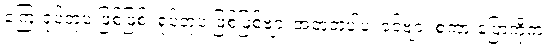
ကြေးရုပ်တုပဲ ဖြစ်ဖြစ်၊ ရုပ်တုပဲ ဖြစ်ဖြစ်ဗျာ၊ အတူတူပါပဲ၊ ခင်ဗျား စကားပြောကိုက